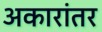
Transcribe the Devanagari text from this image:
अकारांतर